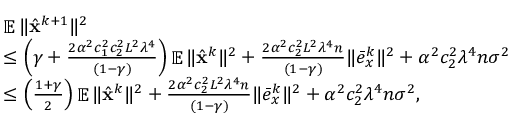
\begin{array} { r l } & { \mathop { \mathbb { E } } \| \hat { { \mathbf { x } } } ^ { k + 1 } \| ^ { 2 } } \\ & { \leq \left( \gamma + \frac { 2 \alpha ^ { 2 } c _ { 1 } ^ { 2 } c _ { 2 } ^ { 2 } L ^ { 2 } \lambda ^ { 4 } } { ( 1 - \gamma ) } \right) \mathop { \mathbb { E } } \| \hat { { \mathbf { x } } } ^ { k } \| ^ { 2 } + \frac { 2 \alpha ^ { 2 } c _ { 2 } ^ { 2 } L ^ { 2 } \lambda ^ { 4 } n } { ( 1 - \gamma ) } \| \bar { e } _ { x } ^ { k } \| ^ { 2 } + \alpha ^ { 2 } c _ { 2 } ^ { 2 } \lambda ^ { 4 } n \sigma ^ { 2 } } \\ & { \leq \left( \frac { 1 + \gamma } { 2 } \right) \mathop { \mathbb { E } } \| \hat { { \mathbf { x } } } ^ { k } \| ^ { 2 } + \frac { 2 \alpha ^ { 2 } c _ { 2 } ^ { 2 } L ^ { 2 } \lambda ^ { 4 } n } { ( 1 - \gamma ) } \| \bar { e } _ { x } ^ { k } \| ^ { 2 } + \alpha ^ { 2 } c _ { 2 } ^ { 2 } \lambda ^ { 4 } n \sigma ^ { 2 } , } \end{array}